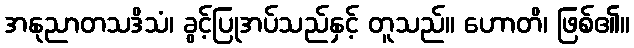
အနုညာတသဒိသံ၊ ခွင့်ပြုအပ်သည်နှင့် တူသည်။ ဟောတိ၊ ဖြစ်၏။